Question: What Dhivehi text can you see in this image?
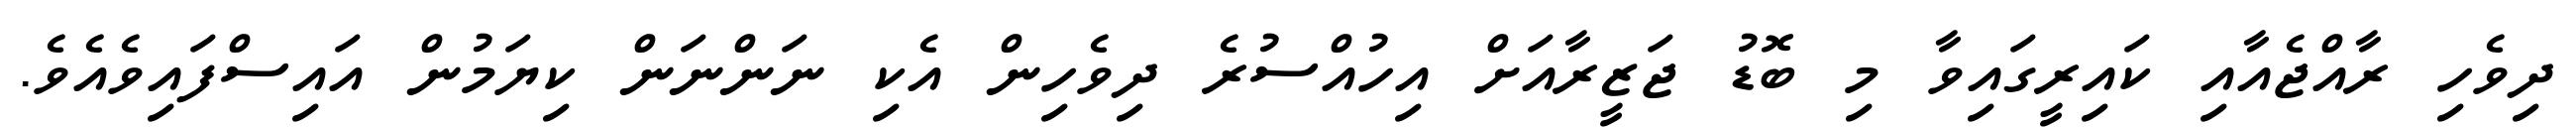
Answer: ދިވެހި ރާއްޖެއާއި ކައިރީގައިވާ މި ބޮޑު ޖަޒީރާއަށް އިހުއްސުރެ ދިވެހިން އެކި ނަންނަން ކިޔަމުން އައިސްފައިވެއެވެ.